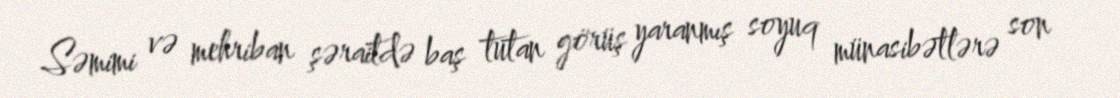
Səmimi və mehriban şəraitdə baş tutan görüş yaranmış soyuq münasibətlərə son